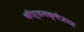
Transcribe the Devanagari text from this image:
कीर्तनक्षेत्रात